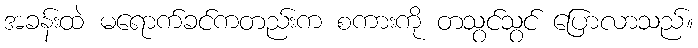
အခန်းထဲ မရောက်ခင်ကတည်းက စကားကို တသွင်သွင် ပြောလာသည်။